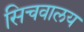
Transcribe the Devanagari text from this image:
सिचवालय